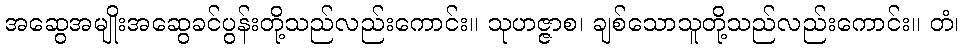
အဆွေအမျိုးအဆွေခင်ပွန်းတို့သည်လည်းကောင်း။ သုဟဇ္ဇာစ၊ ချစ်သောသူတို့သည်လည်းကောင်း။ တံ၊